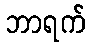
ဘာရက်